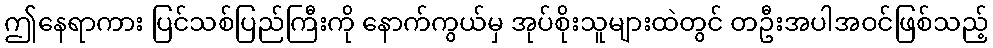
ဤနေရာကား ပြင်သစ်ပြည်ကြီးကို နောက်ကွယ်မှ အုပ်စိုးသူများထဲတွင် တဦးအပါအဝင်ဖြစ်သည့်